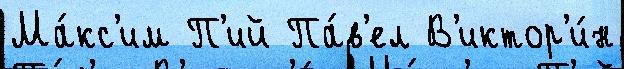
Ма́кс'им П'ий Па́в'ел В'иктор'и́н